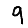
Digit: 9